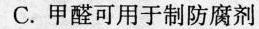
C.甲醛可用于制防腐剂